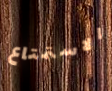
الاستمتاع